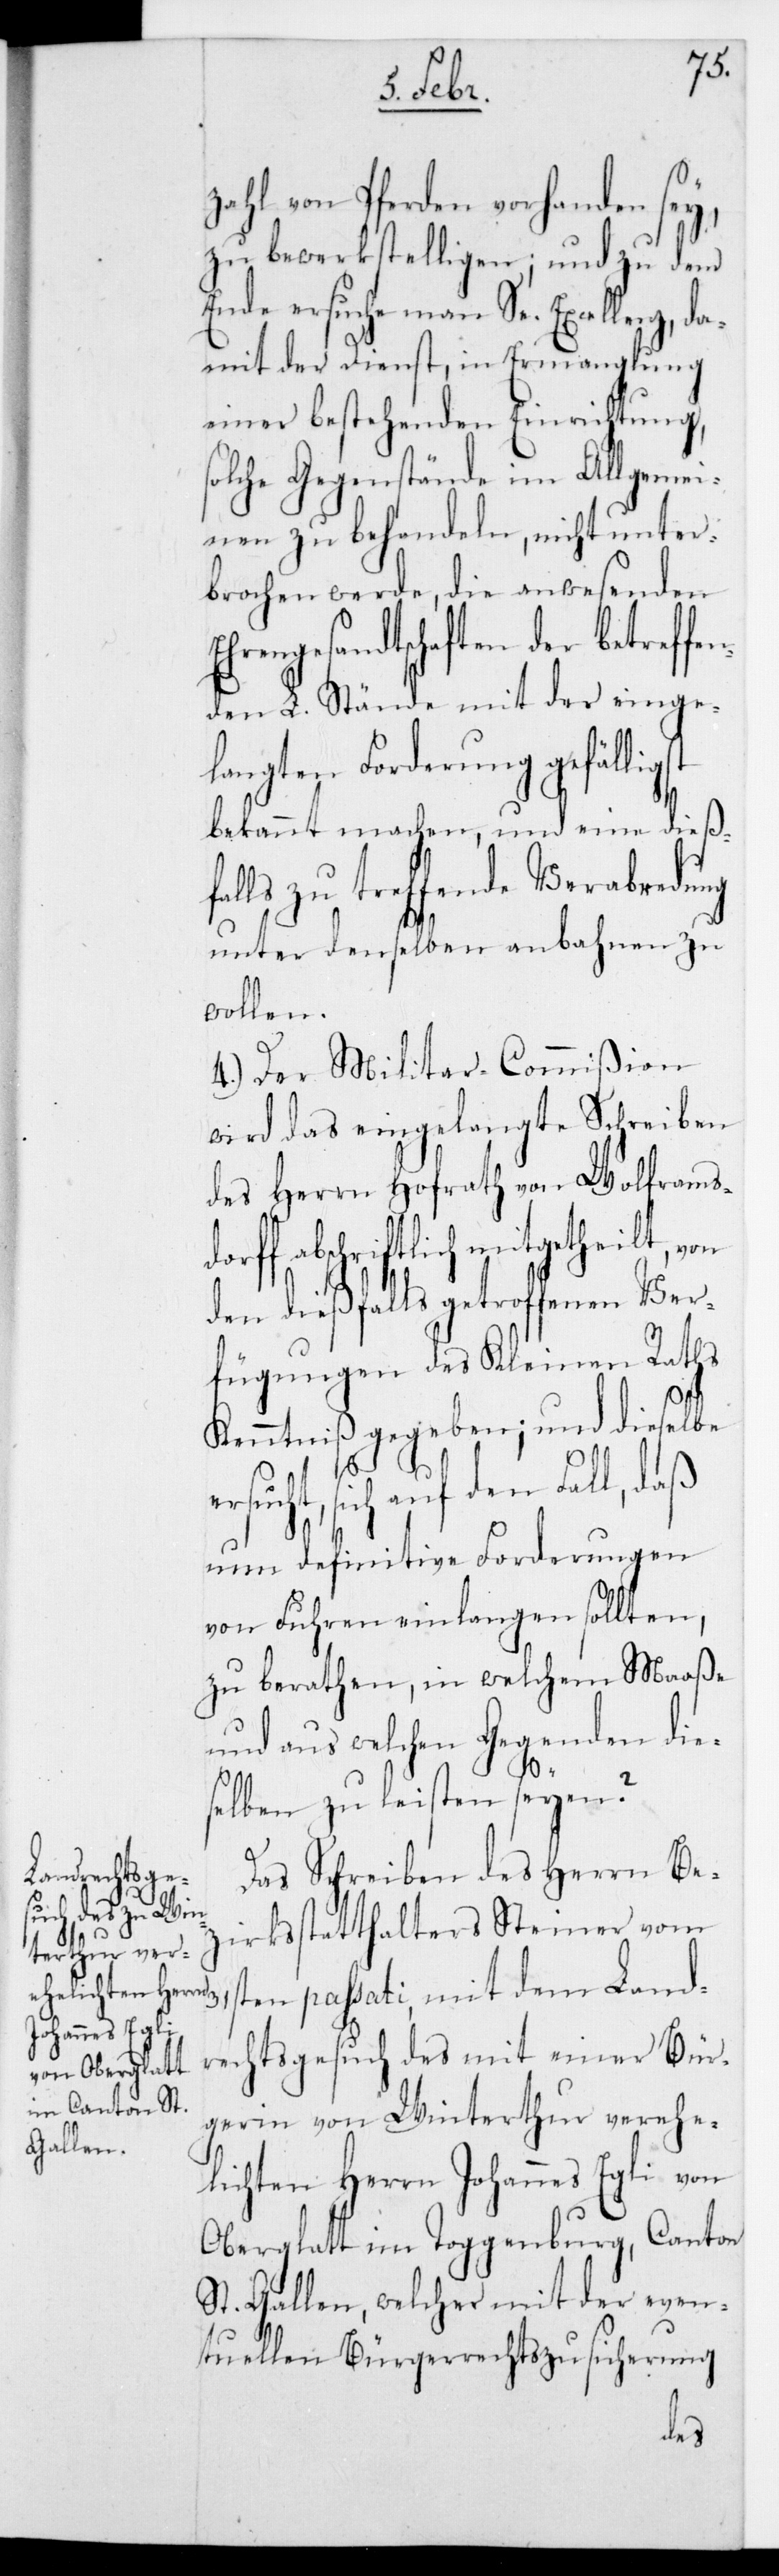
31s¬
zahl von Pferden vorhanden sey,
zu bewerkstelligen, und zu dem
Ende ersuche man Se. Excellenz,
damit der Dienst in Ermanglung
einer bestehenden Einrichtung,
olche Gegenstände im Allgemei¬
nen zu behandeln, nicht unter¬
brochen werde, die anwesenden
hrengesandtschaften der betref¬
den L. Stände mit der einge¬
langten Forderung gefälligst
bekannt machen, und eine dieß¬
falls zu treffende Verabredung
unter denselben anbahnen zu
wollen.
4.) Der Militar-Commißion
wird das eingelangte Schreiben
des Herrn Hofrath von Wolfram¬
schriftlich mitgetheilt,
den dießfalls getroffenen Ver¬
fügungen des Kleinen Raths
Kenntniß gegeben; und dieselbe
sich auf den Fall, daß
nun definitive Forderungen
von Fuhren einlangen sollten,
zu berathen, in welchem Maaße
und aus welchen Gegenden die¬
selben zu leisten seyen?
Das Schreiben des Herrn Be¬
sdorff ab¬
zirksstatthalters Steiner vom
ten passati mit dem Land¬
rechtsgesuch des mit einer Bür¬
gerin von Winterthur verehe¬
lichten Herrn Johannes Egli von
Oberglatt im Toggenburg, Canton
St. Gallen, welcher mit der even¬
tuellen Bürgerrechtszusicherung